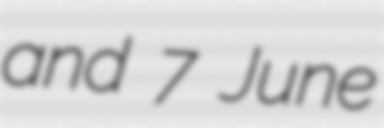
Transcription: and 7 June